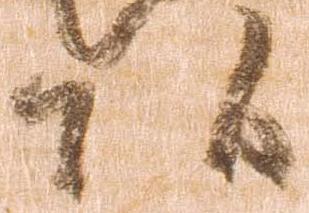
頭